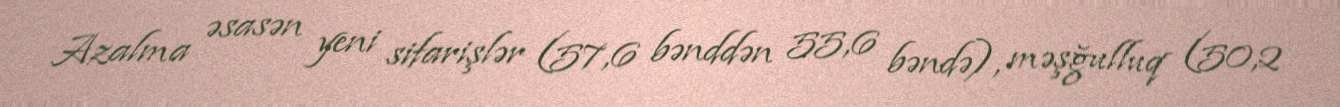
Azalma əsasən yeni sifarişlər (57,6 bənddən 55,6 bəndə), məşğulluq (50,2